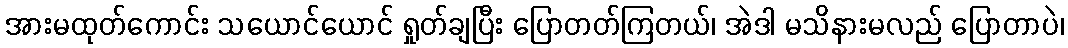
အားမထုတ်ကောင်း သယောင်ယောင် ရှုတ်ချပြီး ပြောတတ်ကြတယ်၊ အဲဒါ မသိနားမလည် ပြောတာပဲ၊